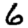
Digit: 6